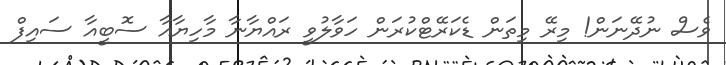
ވެސް ނުދޭނަން! މިރޭ މިތަން ޑެކަރޭޓްކުރަން ހަވާލުވީ ރައްޔާނާ މާހިޔާއާ ސޮބީއާ ސައިފް